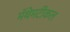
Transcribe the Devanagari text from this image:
मॅथेमटीकल